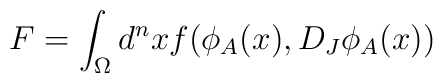
F=\int_{\Omega}d^nxf(\phi_A(x),D_J\phi_A(x))